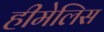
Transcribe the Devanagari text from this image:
हीमेलिस